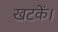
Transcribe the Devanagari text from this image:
खटकें।